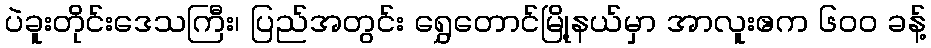
ပဲခူးတိုင်းဒေသကြီး၊ ပြည်အတွင်း ရွှေတောင်မြို့နယ်မှာ အာလူးဧက ၆၀၀ ခန့်